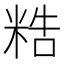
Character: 𥺊